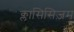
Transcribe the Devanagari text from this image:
क्लासिसिज़म